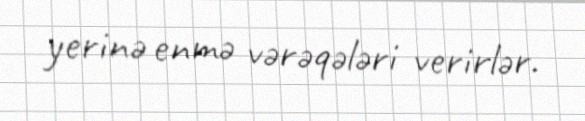
yerinə enmə vərəqələri verirlər.